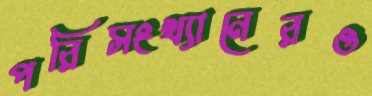
পরিসংখ্যানেরও